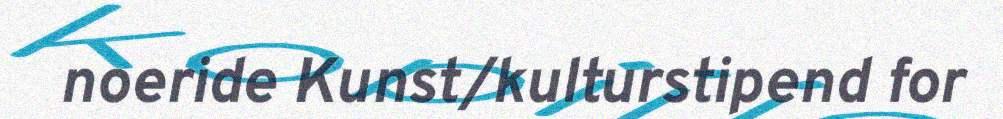
noeride Kunst/kulturstipend for